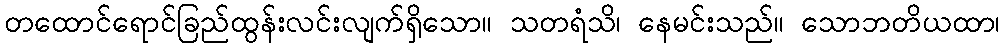
တထောင်ရောင်ခြည်ထွန်းလင်းလျက်ရှိသော။ သတရံသိ၊ နေမင်းသည်။ သောဘတိယထာ၊